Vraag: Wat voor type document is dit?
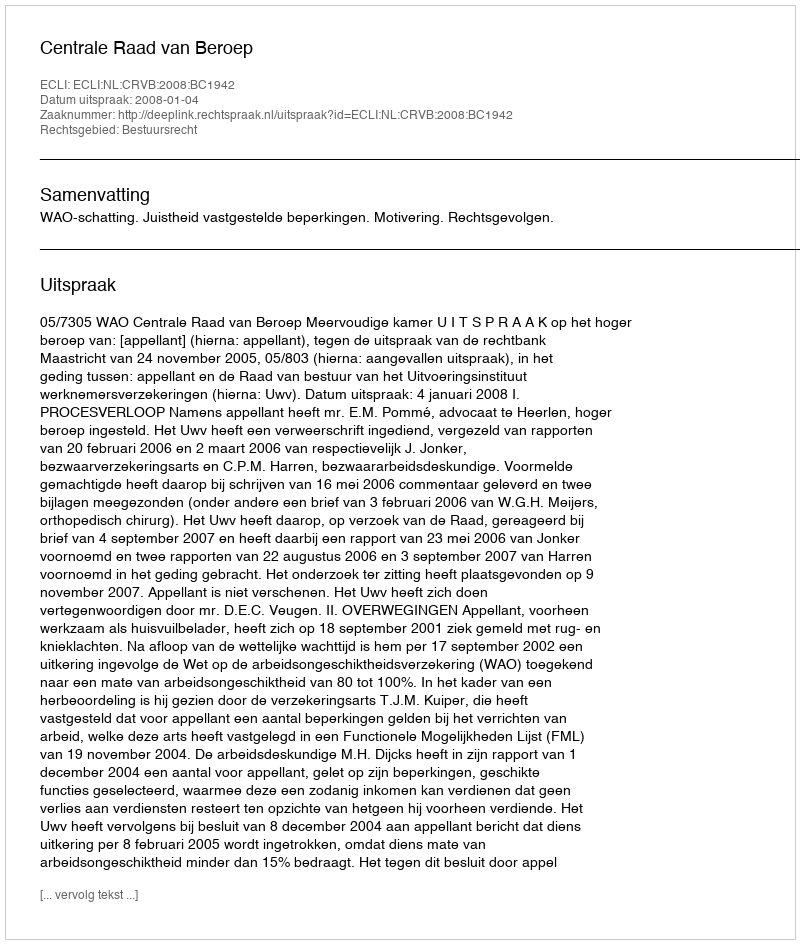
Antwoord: Uitspraak